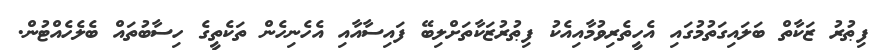
ފިޠުރު ޒަކާތް ބަލައިގަތުމުގައި އެހީތެރިވުމާއިއެކު ފިޠުރުޒަކާތަށްލިބޭ ފައިސާއާއި އެހެނިހެން ތަކެތީގެ ހިސާބުތައް ބެލެހެއްޓުން.